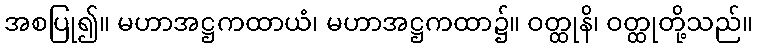
အစပြု၍။ မဟာအဋ္ဌကထာယံ၊ မဟာအဋ္ဌကထာ၌။ ဝတ္ထုနိ၊ ဝတ္ထုတို့သည်။